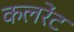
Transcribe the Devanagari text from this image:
कलरेंट